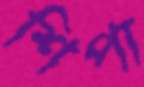
শিপা